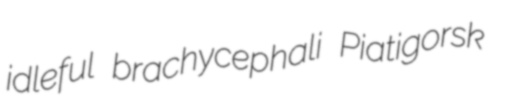
idleful brachycephali Piatigorsk